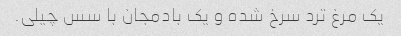
یک مرغ ترد سرخ شده و یک بادمجان با سس چیلی.